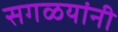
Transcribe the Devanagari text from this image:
सगळयांनी